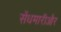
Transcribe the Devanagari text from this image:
सेंधमारीऔर